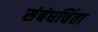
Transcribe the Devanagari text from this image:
संबंधचिंता